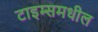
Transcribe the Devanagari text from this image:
टाइम्समधील